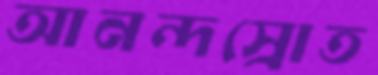
আনন্দস্রোত